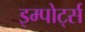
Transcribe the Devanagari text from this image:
इम्पोर्ट्स